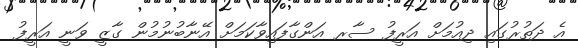
އެ ދަތުރުގައި ދިއުމަށް އަރީފު ސާރ އަންގާފައިވާކަމަށް އޭނާބުނުމުން ގާޒީ ވަނީ އަރީފު